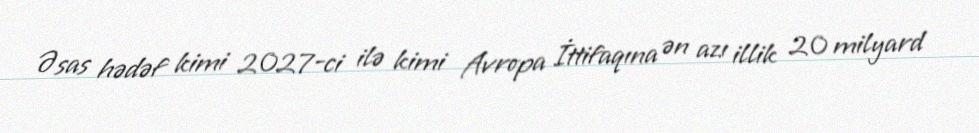
Əsas hədəf kimi 2027-ci ilə kimi Avropa İttifaqına ən azı illik 20 milyard